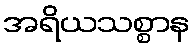
အရိယသစ္စာန